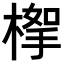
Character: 𣖹